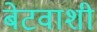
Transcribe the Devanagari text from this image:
बेटवाशी